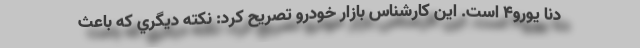
دنا يورو4 است. اين كارشناس بازار خودرو تصريح كرد: نكته ديگري كه باعث